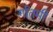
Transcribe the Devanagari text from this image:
र्गातमी